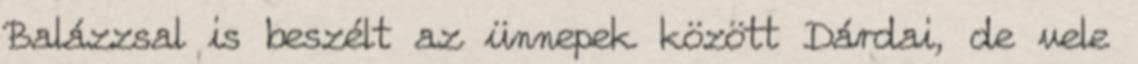
Balázzsal is beszélt az ünnepek között Dárdai, de vele